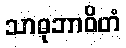
သာဓုဘာဝိတံ